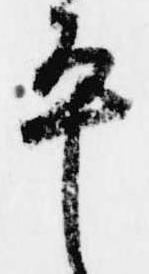
平